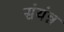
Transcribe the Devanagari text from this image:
संयंन्न